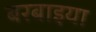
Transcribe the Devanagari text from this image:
बरबाइया